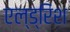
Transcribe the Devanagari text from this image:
एल्ड्रिश